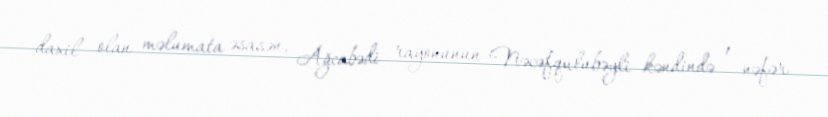
daxil olan məlumata əsasən, Ağcabədi rayonunun Nəcəfqulubəyli kəndində 1 nəfər